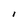
Character: l